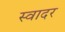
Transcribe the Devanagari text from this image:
स्वादर